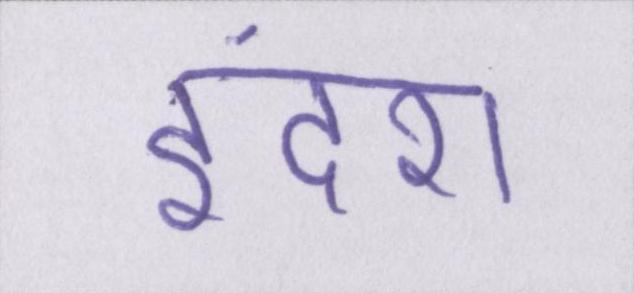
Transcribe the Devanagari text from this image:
इंदरा